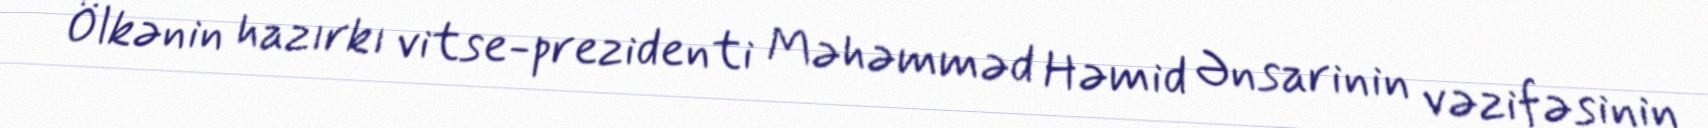
Ölkənin hazırkı vitse-prezidenti Məhəmməd Həmid Ənsarinin vəzifəsinin